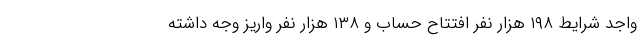
واجد شرایط ۱۹۸ هزار نفر افتتاح حساب و ۱۳۸ هزار نفر واریز وجه داشته